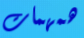
همهمات